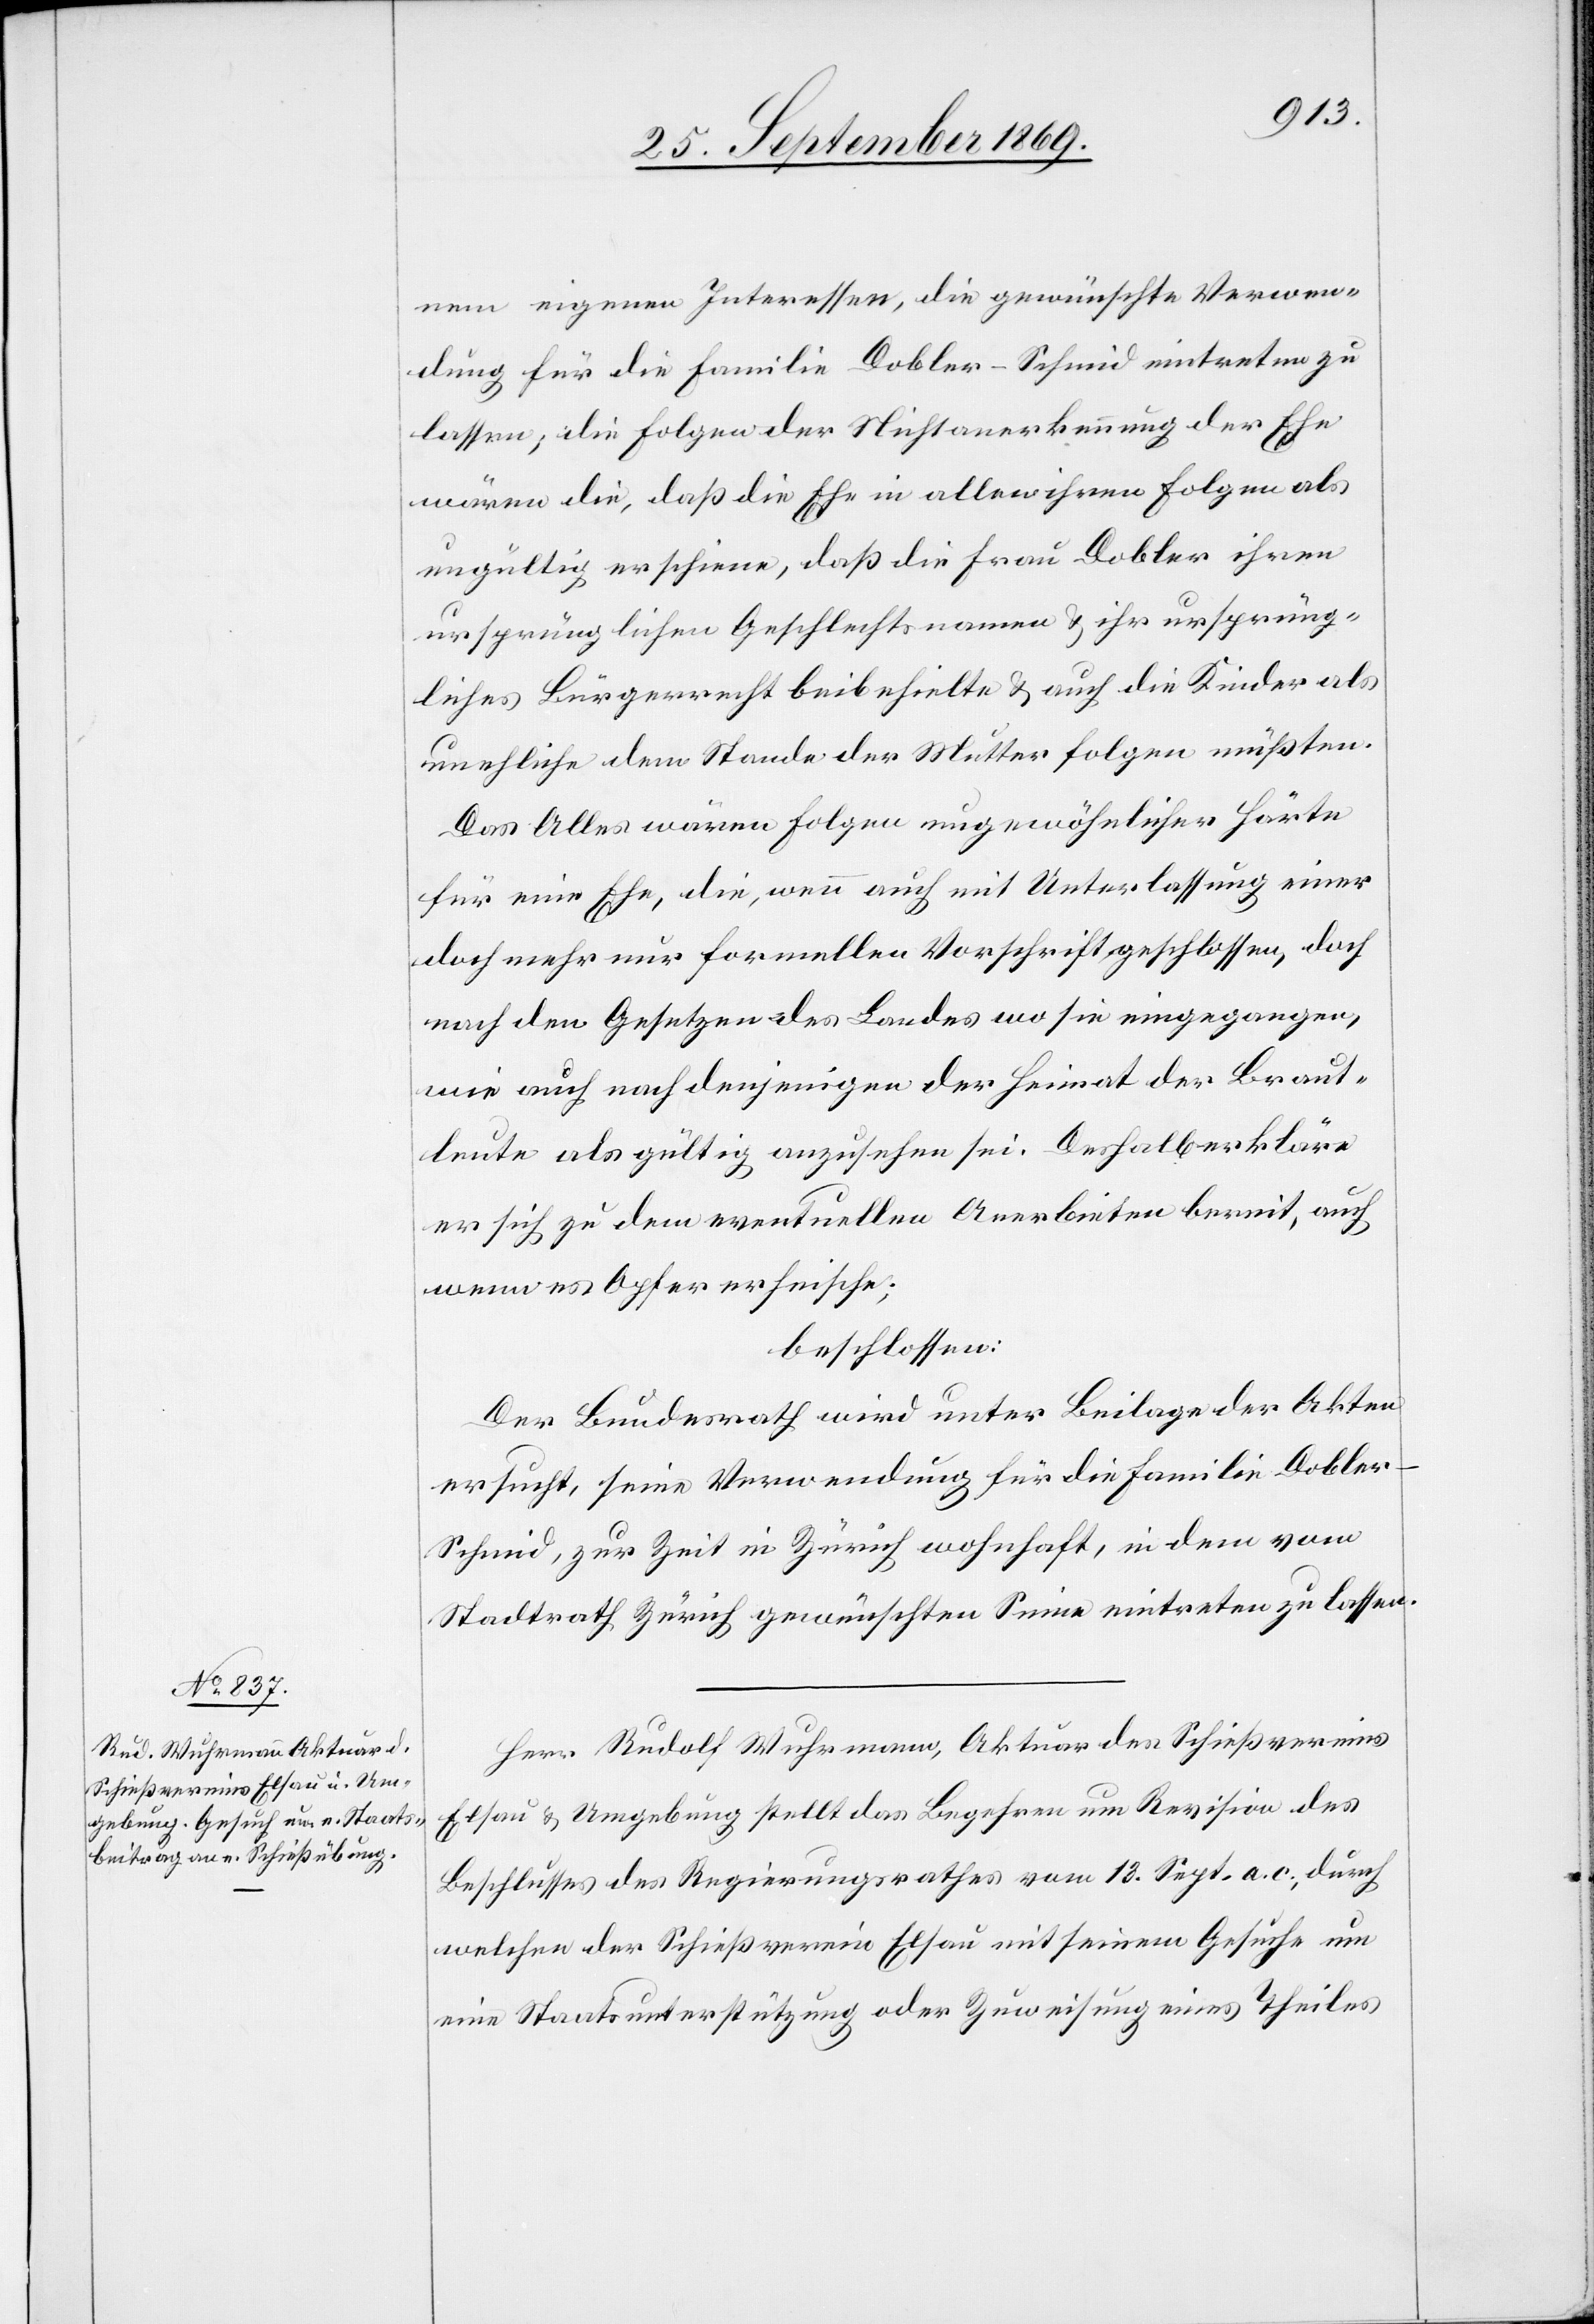
nem eigenen Interessen [sic!], die gewünschte Verwen¬
dung für die Familie Dobler-Schmid eintreten zu
lassen; die Folgen der Nichtanerkennung der Ehe
wären die, daß die Ehe in allen ihren Folgen als
ungültig erschiene, daß die Frau Dobler ihren
ursprünglichen Geschlechtsnamen & ihr ursprüng¬
liches Bürgerrecht beibehielte & auch die Kinder als
unehliche dem Stande der Mutter folgen müßten.
Das Alles wären Folgen ungewöhnlicher Härte
für eine Ehe, die, wenn auch mit Unterlassung einer
doch mehr nur formellen Vorschrift geschlossen, doch
nach den Gesetzen des Landes wo sie eingegangen,
wie auch nach denjenigen der Heimat der Braut¬
leute als gültig anzusehen sei. Deshalb erkläre
er sich zu dem eventuellen Anerbieten bereit, auch
wenn es Opfer erheische;
beschlossen:
Der Bundesrath wird unter Beilage der Akten
ersucht, seine Verwendung für die Familie Doble¬
r-Schmid, zur Zeit in Zürich wohnhaft, in dem vom
Stadtrath Zürich gewünschten Sinne eintreten zu lassen.
Herr Rudolf Wuhrmann, Aktuar des Schießvereins
Elsau & Umgebung stellt das Begehren um Revision des
Beschlusses des Regierungsrathes vom 13. Sept. a. c., durch
welchen der Schießverein Elsau mit seinem Gesuche um
eine Staatsunterstützung oder Zuweisung eines Theiles